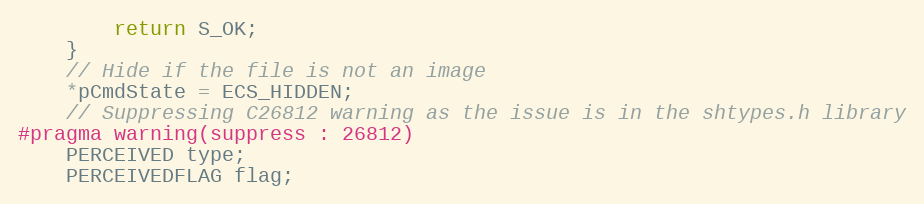
Language: C++
        return S_OK;
    }
    // Hide if the file is not an image
    *pCmdState = ECS_HIDDEN;
    // Suppressing C26812 warning as the issue is in the shtypes.h library
#pragma warning(suppress : 26812)
    PERCEIVED type;
    PERCEIVEDFLAG flag;